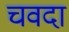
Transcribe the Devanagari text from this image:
चवदा